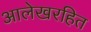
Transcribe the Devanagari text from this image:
आलेखरहित